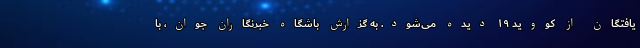
یافتگان از کووید ۱۹ دیده می‌شود. به گزارش باشگاه خبرنگاران جوان، با